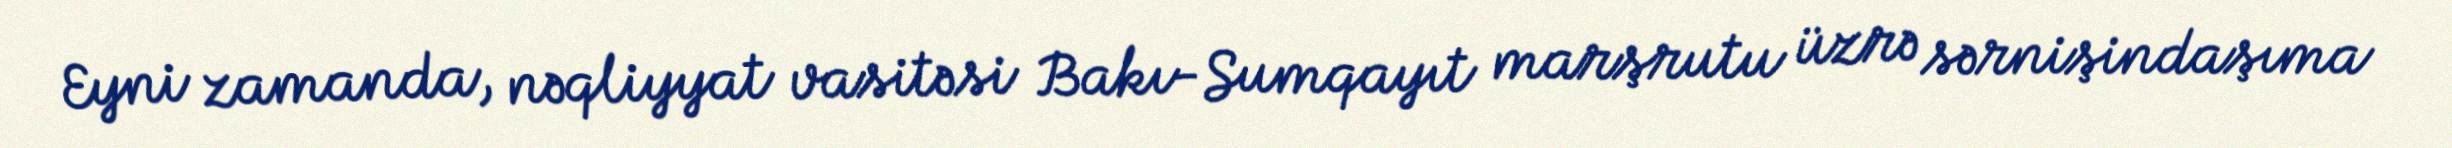
Eyni zamanda, nəqliyyat vasitəsi Bakı-Sumqayıt marşrutu üzrə sərnişindaşıma